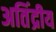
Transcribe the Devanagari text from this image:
अतिंद्रीय